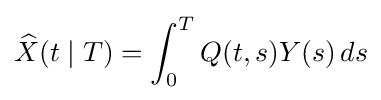
{\widehat {X}}(t\mid T)=\int _{0}^{T}Q(t,s)Y(s)\,ds